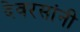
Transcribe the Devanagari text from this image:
देवरसांनी